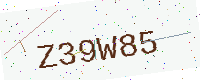
Text: Z39W85